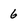
Character: 6